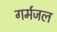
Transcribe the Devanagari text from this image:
गर्मजल